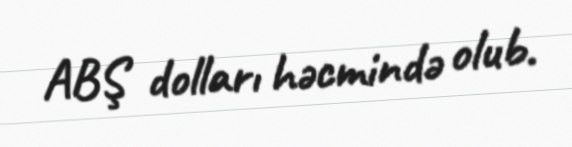
ABŞ dolları həcmində olub.